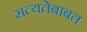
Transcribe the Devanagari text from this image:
सत्यतेबाबत